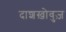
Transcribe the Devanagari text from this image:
दाशख़ोवुज़